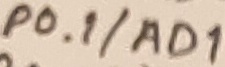
Text: P0.1/AD1